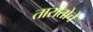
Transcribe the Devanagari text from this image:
तारांतोचे